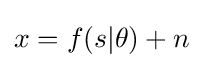
x=f(s|\theta )+n